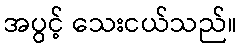
အပွင့် သေးငယ်သည်။